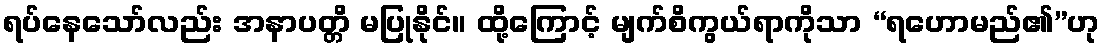
ရပ်နေသော်လည်း အနာပတ္တိ မပြုနိုင်။ ထို့ကြောင့် မျက်စိကွယ်ရာကိုသာ “ရဟောမည်၏”ဟု